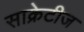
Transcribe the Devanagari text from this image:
साक्रेटीज